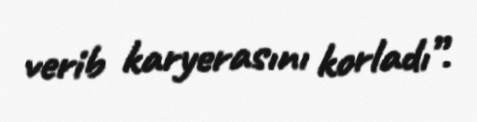
verib karyerasını korladı”.